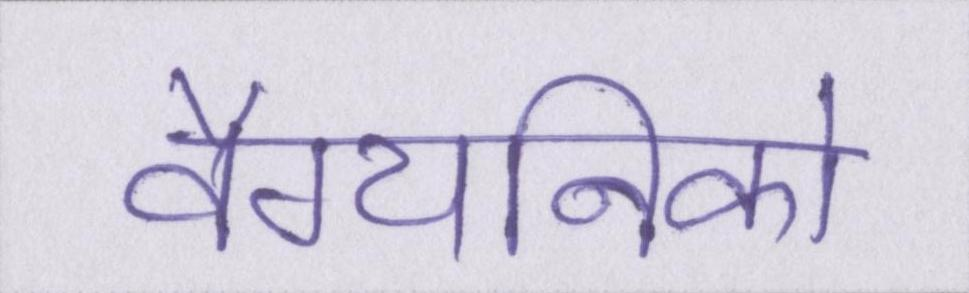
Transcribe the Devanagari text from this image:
वैग्यनिको